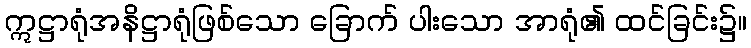
ဣဋ္ဌာရုံအနိဋ္ဌာရုံဖြစ်သော ခြောက် ပါးသော အာရုံ၏ ထင်ခြင်း၌။